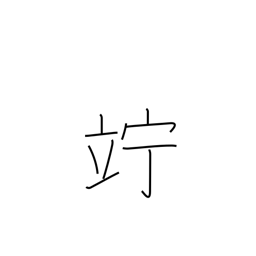
Meaning: linger